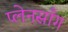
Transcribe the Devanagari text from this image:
प्लेनसाँग